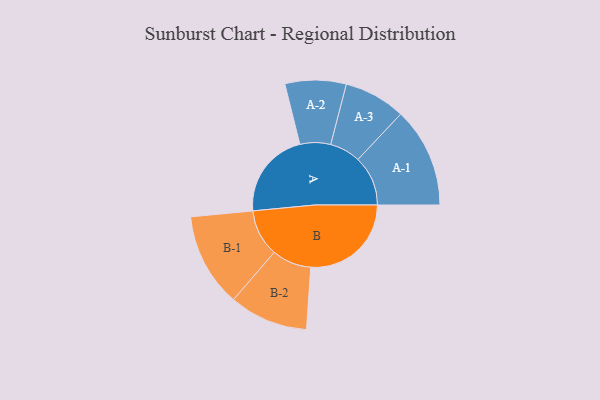
{"axis": {"x": "Segment", "y": "Value"}, "legend": ["", "A", "B"], "data": [{"x": "A", "y": 314, "type": ""}, {"x": "B", "y": 362, "type": ""}, {"x": "A-1", "y": 180, "type": "A"}, {"x": "A-2", "y": 110, "type": "A"}, {"x": "A-3", "y": 111, "type": "A"}, {"x": "B-1", "y": 169, "type": "B"}, {"x": "B-2", "y": 142, "type": "B"}]}